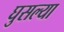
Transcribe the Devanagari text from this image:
घुसल्या